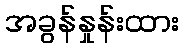
အခွန်နှုန်းထား